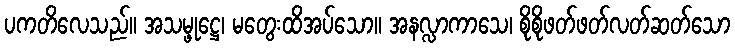
ပကတိလေသည်။ အသမ္ဖုဋ္ဌေ၊ မတွေးထိအပ်သော။ အနလ္လာကာသေ၊ စိုစိုဖတ်ဖတ်လတ်ဆတ်သော